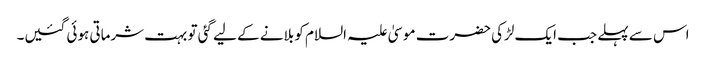
اس سے پہلے جب ایک لڑکی حضرت موسیٰ علیہ السلام کو بلانے کے لیے گئی تو بہت شرماتی ہوئی گئیں۔